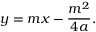
y = m x - { \frac { m ^ { 2 } } { 4 a } } .